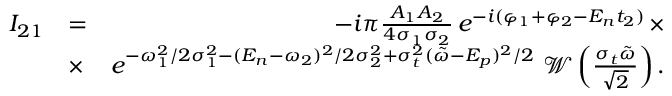
\begin{array} { r l r } { I _ { 2 1 } } & { = } & { - i \pi \frac { A _ { 1 } A _ { 2 } } { 4 \sigma _ { 1 } \sigma _ { 2 } } \, e ^ { - i ( \varphi _ { 1 } + \varphi _ { 2 } - E _ { n } t _ { 2 } ) } \, \times } \\ & { \times } & { e ^ { - \omega _ { 1 } ^ { 2 } / 2 \sigma _ { 1 } ^ { 2 } - ( E _ { n } - \omega _ { 2 } ) ^ { 2 } / 2 \sigma _ { 2 } ^ { 2 } + \sigma _ { t } ^ { 2 } ( \tilde { \omega } - E _ { p } ) ^ { 2 } / 2 } \, \, \mathcal { W } \left( \frac { \sigma _ { t } \tilde { \omega } } { \sqrt { 2 } } \right) . } \end{array}